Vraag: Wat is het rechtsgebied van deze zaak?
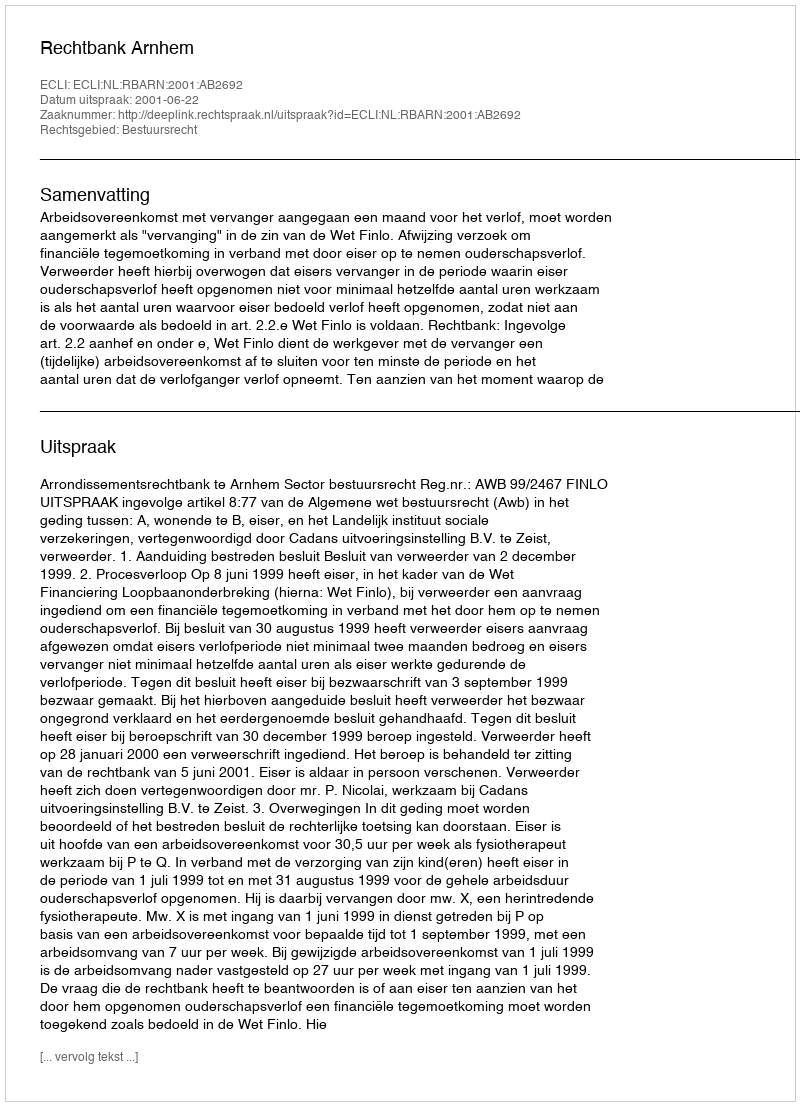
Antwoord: Bestuursrecht